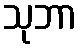
သုဘာ